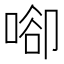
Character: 𠶸